Vaccination in the Punjab 1905-1918 - 1905-1918
Year: 1905
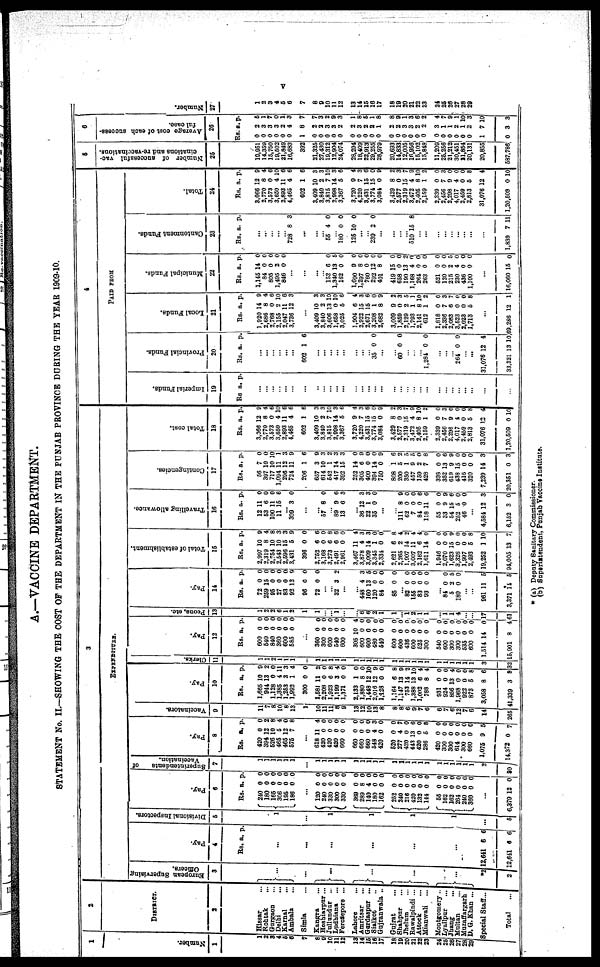
v
A.—VACCINE DEPARTMENT.
STATEMENT No. II.—SHOWING THE COST OF THE DEPARTMENT IN THE PUNJAB PROVINCE DURING THE YEAR 1909-10.
1
Number.
1
1
2
3
4
5
6
7
8
9
10
11
12
13
14
15
16
17
18
19
20
21
22
23
24
25
26
27
28
29
2
DISTRICT.
2
Hissar ...
Rohtak ...
Gurgaon ...
Delhi ...
Karnal ...
Ambala ...
Simla ...
Kangra ...
Hoshiarpur ...
Jullundur ...
Ludhiana ...
Ferozepore ...
Lahore
...
Amritsar ...
Gurdaspur ...
Sialkot ...
Gujranwala ...
Gujrat
...
Shahpur ...
Jhelum ...
Rawalpindi ...
Attock ...
Mianwali ...
Montgomery ...
Lyallpur
...
Jhang
...
Multan
...
Muzaffargarh
D. G. Khan ...
Special Staff ...
Total ...
3
EXPENDITURE.
European Supervising
Officers.
3
...
...
...
...
...
...
*2
2
Pay.
4
Rs. a. p.
...
...
...
...
...
...
2,641
12,641
6
6
6
6
Divisional Inspectors.
5
1
...
1
1
1
1
...
5
Pay.
6
Rs.
240
180
165
306
195
186
a.
0
0
0
0
0
0
p.
0
0
0 0
0
0
...
120
240
330
300
330
369
289
140
180
162
252
240
216
420
132
144
55
162
162
264
240
360
0
0
0
0
0
0
8
4
0
0
0
0
0
0
0
0
0
0
0 0
0
0
0
0
0
0
0
0
0
0
0
0
0
0
0
0
0
0
0
0
0
0
0
0
...
6,379 12 0
Superintendents
of
Vaccination.
7
1
1
1
1
1
1
...
1
1
1
1
1
1
1
1
1
1
1
1
1
1
1
1
1
1
1
1
1
1
2
30
Pay.
8
Rs.
420
394
626
465
465
575
a.
0
12
10
5
12
7
p.
0
2
8
4
0 8
...
618
420
420
420
660
660
660
660
548
420
520
277
420
443
420
286
420
300
300
614
300
660
1,075
14,372
11
0
0
0
0
0
0
0
4
0
0
4
0
13
0
5
0
0
0
0
0
0
9
0
4
0
0
0
0
0
0
0
3
0
0
7
0
6
0
8
0
0
0 0
0
0
5
7
Vaccinators.
9
11
7
8
10
8
13
1
10
11
11
8 9
13
12
10
13
8
8
8
6
9
7
6
6
7
6
12
7
6
14
265
Pay.
10
Rs.
1,665
944
1,128
1,385
1,253
1,992
300
1,581
2,208
1,923
1,199
1,371
2,133
1,880
1,448
2,016
1,128
1,164
1,147
753
1,388
1,002
788
931
924
856
1,968
922
873
3,058
41,339
a.
10
13
0 4
3
1
0
11
0
6 3
0
1
8
12
12
0
6
13
14
13
6
8
0
0
13
0
0
5
8
3
p.
9
2
0
11
3
4
0
2
0 8
4
0
0
0
10
9
0
8
9
2
10
4
4
0
0
4
0
0
8
6
9
Clerks.
11
1
1
2
1
1
1
1
1
1
1
1
1
1
1
1
1
1
1
1
1
1
1
1
1
1
1
1
1
3
32
Pay.
12
Rs
600
540
840
360
600
585
a.
0
0
0
0
0
0
p.
0
0
0
0
0
0
...
360
300
600
540
600
305
600
600
480
540
600
600
436
600
525
300
540
600
300
300
535
600
4,514
15,901
0
0
0
0
0
10
0
0
0
0
0
0
0
0
0
0
0
0
0
0
0
0
14
8
0
0
0
0
0
4
0
0
0
0
0
0
0
0
0
0
0
0 0
0
0
0
0
4
Peons, etc.
13
1
2
2
6
1
2
1
1
...
...
1
...
...
6
6
2
1
1
...
1
2
1
1
...
1
1
4
...
...
17
61
Pay.
14
Rs.
72
259
95
27
83
92
96
72
a.
0
15
0
0
0
12
0
0
p.
0
0
0 0
0 9
0
0
... ...
32 3 2
...
448
160
120
84
85
4
13
0
0
0
3
5
0
0
0
... 82
155
83
93
0
0
0
0
0
0
0
0
...
84
5
180
0 2
0
0
5
0
...
...
961
3,371
11
14
5
5
Total of establishment.
15
Rs.
2,997
2,319
2,754
2,543
2,596
3,431
396
2,752
3,168
3,273
2,491
2,961
3,467
3,878
3,009
3,345
2,334
2,621
2,265
1,907
3,007
2,162
1,611
1,946
2,070
1,623
3,326
1,997
2,493
19,252
94,005
a.
10
8
10
10
15
5
0
6
0
6
6
0
11
4
14
1
0
6
2
14
11
6
14
0
1
15
0
0
5
1
13
p.
9
4
8
3
3
9
0
6
0
8
6
0
4
3
3
0
0 8
4
2
4
4
0
0
0
9 0
0
8
10
7
Travelling allowance.
16
Rs.
12
53
100
11
a.
11
6
11
15
p.
0
0
0
6
...
309 3 0
...
...
57 8 0
... 89
13
9
6
6
3
...
36
22
35
12
1
0
3
3
0
...
...
111
62
7
84
118
55
33
54
252
46
8
0
0
0
11
0
9
15
5
0
9
0
0
6
6
0
9
6
0
0
...
4,584
6,152
2
3
3
0
Contingencies.
17
Rs.
56
397
717
1,094
296
724
206
657
614
542
417
392
252
305
400
394
750
808
200
350
457
159
428
338
352
619
438
416
320
7,239
20,351
a.
7
10
10
11
12
11
1
3
10
1
14
15
14
6
0
14
0
1
5
1
9
2
7
0
13
9
15
0
0
14
0
p.
0
0
10
1
3
9
6
9
3
2
3
3
0
9
0
0
9
6
2
5
5
0
8
0
6
9
0
0
0
3
3
Total cost.
18
Rs.
3,066
2,770
3,573
3,650
2,893
4,465
602
3,409
3,840
3,815
2,998
3,367
3,720
4,220
3,431
3,774
3,084
3,429
2,577
2,319
3,472
2,405
2,159
2,339
2,456
2,298
4,017
2,459
2,813
31,076
1,20,509
a.
12
8
0
4
11
4
1
10
2
7
14
5
9
7
15
15
0
8
0
15
4
8
1
0
7
9
4
0
5
12
0
p.
9
4
6
10
6
6
6
3
3
10
3
6
4
3
6
0
9
2
3
7
9
10
2
0
3
0
0
0
8
4
10
4
PAID FROM
Imperial Funds.
19
Rs. a. p.
...
...
...
...
...
...
...
...
...
... ...
...
...
...
...
...
...
...
...
...
...
...
...
...
...
...
...
...
...
...
...
Provincial Funds.
20
Rs. a. p.
...
...
...
... ...
...
602 1 6
...
...
...
... ...
...
...
... 35 0 0
...
...
60 0 0
...
...
... 1,284 0 0
...
...
...
264 0 0
...
...
31,076
33,321
12
13
4
10
Local Funds.
21
Rs.
1,920
2,686
2,768
2,155
2,047
3,736
a.
14
8
0
2
11
12
p.
9
4
6
10
6
3
...
3,409
3,840
3,606
1,658
3,025
1,904
2,922
2,671
3,208
2,682
3,009
1,859
2,129
1,793
2,141
612
1,818
2,336
2,083
3,523
2,023
1,713
10
2
13
0
5
6
15
15
1
8
9
0
2
1
8
1
0
7
6 0
0
5
3
3
10
10
6
4
3
6
0
9
2
3
5
1
10
2
0
3
7
0
0
8
...
69,286 12 1
Municipal Funds.
22
Rs.
1,145
84
805
1,495
846
a.
14
0
0
2
0
p.
0
0
0 0
0
...
...
...
153
1,340
162
1,690
1,297
760
292
401
419
658
190
1,168
264
263
521
120
215
230
436
1,100
6
13
0
9
8
0
12
8
15
0
13
4
0
0
0
0 2
4
0
0
0
5
0
0
0
0
0
0
0
0
2
0
0
0
0
0 5
0
0
0
...
16,060 15 0
Cantonment Funds.
23
Rs. a. p.
...
...
... ...
... 728 8 3
...
...
... 55 4 0
... 180
125
0
10
0
0
...
...
239 2 0
...
...
...
...
510 15 8
...
...
...
...
...
...
...
...
...
1,839 7 11
Total.
24
Rs.
3,066
2,770
3,573
3,650
2,893
4,465
602
3,409
3,840
3,815
2,998
3,367
3,720
4,220
3,431
3,774
3,084
3,429
2,577
2,319
3,472
2,405
2,159
2,339
2,456
2,298
4,017
2,459
2,813
31,076
1,20,509
a.
12
8
0
4
11
4
1
10
2
7
14
5
9
7
15
15
0
8
0
15
4
8
1
0
7
9
4
0
5
12
0
p.
9
4
6
10
6
6
6
3
3
10
3
6
4
3
6
0 9
2
3
7
9
10
2
0
3
0
0
0
8
4
10
5
Number of successful vac-
cinations and re-vaccinations.
25
19,951
14,359
15,760
19,602
21,849
16,683
392
21,325
27,430
19,312
12,904
24,074
28,294
18,409
22,913
29,255
28,979
20,693
14,833
12,005
16,956
16,102
15,848
11,209
25,256
21,212
30,451
21,854
20,131
20,855
587,786
6
Average cost of each success-
ful case.
26
Rs.
0
0
0
0
0
0
1
0
0
0
0
0
0
0
0
0
0
0
0
0
0
0
0
0
0 0
0
0
0
1
0
a.
2
3
3
3
2
4
8
2
2
3
3
2
2
3
2
2
1
2
2
3
3
2
2
3
1
1
2
1
2
7
3
p.
6
1
7
0
1
3
7
7
3
2
9 3
1
8
5
1
8
8
9
1
3
6
2
4
7
9 1
10
3
10
3
Number.
27
1
2
3
4
5
6
7
8
9
10
11
12
13
14
15
16
17
18
19
20
21
22
23
24
25
26
27
28
29
* (a) Deputy Sanitary Commissioner.
(b) Superintendent, Punjab Vaccine Institute.